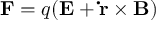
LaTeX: \mathbf { F } = q ( \mathbf { E } + \mathbf { \dot { r } } \times \mathbf { B } )